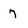
Character: 7